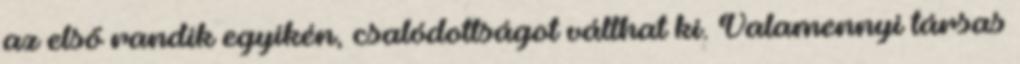
az első randik egyikén, csalódottságot válthat ki. Valamennyi társas